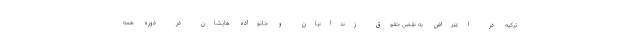
ترکیه در اعتراض به نقض حقوق زندانیان و خانواده هایشان در دوره همه